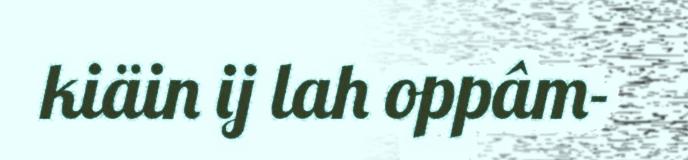
kiäin ij lah oppâm-